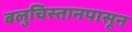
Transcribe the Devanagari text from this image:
बलुचिस्तानपासून